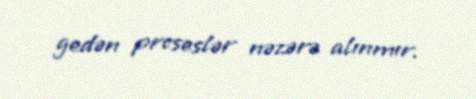
gedən proseslər nəzərə alınmır.